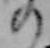
の